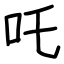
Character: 吒